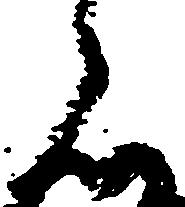
者